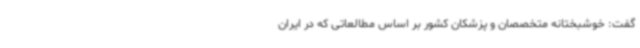
گفت: خوشبختانه متخصصان و پزشکان کشور بر اساس مطالعاتی که در ایران